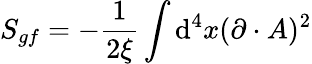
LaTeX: S_{gf}=-{\frac{1}{2\xi}}\int\operatorname{d}\! ^{4}x(\partial\cdot A)^{2}